Sanitation, dispensaries and jails vaccination Rajputana 1922-1927 - 1922-1927
Year: 1922
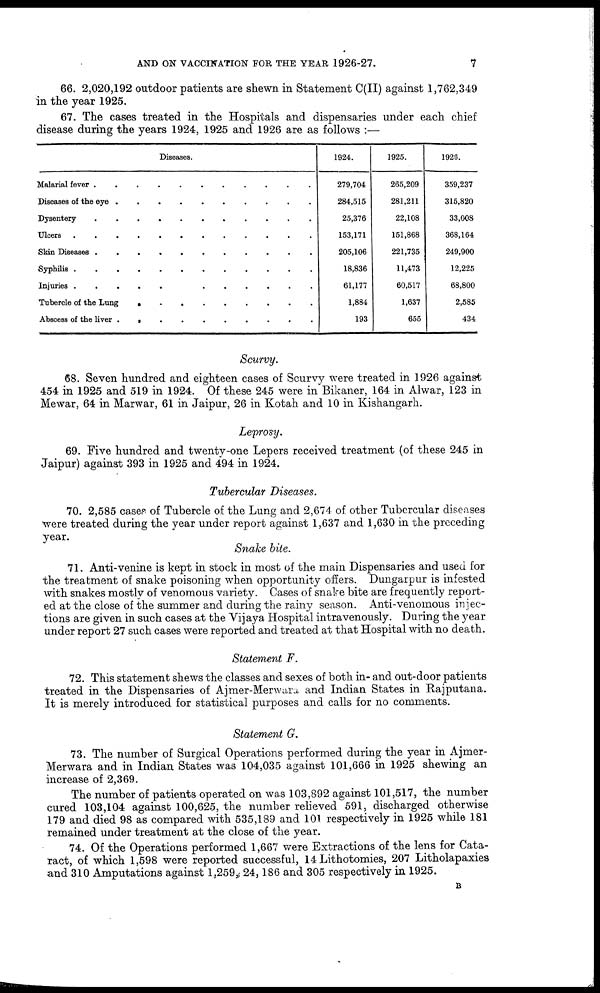
AND ON VACCINATION FOR THE YEAR 1926-27.
7
66. 2,020,192 outdoor patients are shewn in Statement C(II) against 1,762,349
in the year 1925.
67. The cases treated in the Hospitals and dispensaries under each chief
disease during the years 1924, 1925 and 1926 are as follows :—
Diseases.
Malarial fever
.
.
.
.
.
Diseases of the eye
.
.
.
.
Dysentery
.
.
.
.
.
.
Ulcers
.
.
.
.
.
Skin Diseases
.
.
.
.
.
Syphilis
.
.
.
.
.
.
Injuries
.
.
.
.
.
.
Tubercle of the Lung
.
.
.
.
.
.
Abscess of the liver
. . . .
.
.
.
.
1924.
279,704
284,515
25,376
153,171
205,106
18,836
61,177
1,884
193
1925.
265,209
281,211
22,108
151,868
221,735
11,473
60,517
1,637
655
1926.
359,237
315,820
33,008
368,164
249,900
12,225
68,800
2,585
434
Scurvy.
68. Seven hundred and eighteen cases of Scurvy were treated in 1926 against
454 in 1925 and 519 in 1924. Of these 245 were in Bikaner, 164 in Alwar, 123 in
Mewar, 64 in Marwar, 61 in Jaipur, 26 in Kotah and 10 in Kishangarh.
Leprosy.
69. Five hundred and twenty-one Lepers received treatment (of these 245 in
Jaipur) against 393 in 1925 and 494 in 1924.
Tubercular Diseases.
70. 2,585 cases of Tubercle of the Lung and 2,674 of other Tubercular diseases
were treated during the year under report against 1,637 and 1,630 in the preceding
year.
Snake bite.
71. Anti-venine is kept in stock in most of the main Dispensaries and used for
the treatment of snake poisoning when opportunity offers. Dungarpur is infested
with snakes mostly of venomous variety. Cases of snake bite are frequently report-
ed at the close of the summer and during the rainy season. Anti-venomous injec-
tions are given in such cases at the Vijaya Hospital intravenously. During the year
under report 27 such cases were reported and treated at that Hospital with no death.
Statement F.
72. This statement shews the classes and sexes of both in- and out-door patients
treated in the Dispensaries of Ajmer-Merwara, and Indian States in Rajputana.
It is merely introduced for statistical purposes and calls for no comments.
Statement G.
73. The number of Surgical Operations performed during the year in Ajmer-
Merwara and in Indian States was 104,035 against 101,666 in 1925 shewing an
increase of 2,369.
The number of patients operated on was 103,892 against 101,517, the number
cured 103,104 against 100,625, the number relieved 591, discharged otherwise
179 and died 98 as compared with 535,189 and 101 respectively in 1925 while 181
remained under treatment at the close of the year.
74. Of the Operations performed 1,667 were Extractions of the lens for Cata-
ract, of which 1,598 were reported successful, 14 Lithotomies, 207 Litholapaxies
and 310 Amputations against 1,259, 24,186 and 305 respectively in 1925.
B